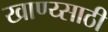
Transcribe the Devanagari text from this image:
खाण्य्साठी